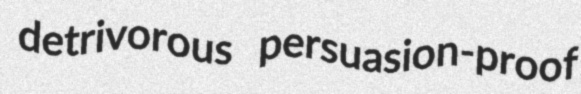
detrivorous persuasion-proof